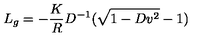
L _ { g } = - { \frac { K } { R } } D ^ { - 1 } ( \sqrt { 1 - D v ^ { 2 } } - 1 )